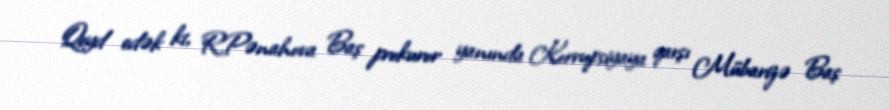
Qeyd edək ki, R.Pənahova Baş prokuror yanında Korrupsiyaya qarşı Mübarizə Baş